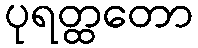
ပုရတ္ထတော